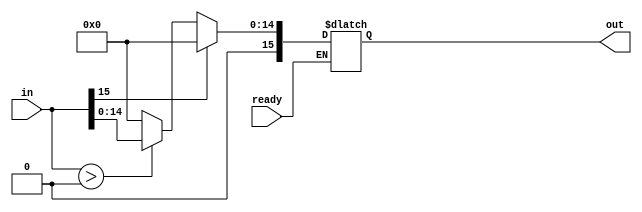
`timescale 1ns / 1ps
//////////////////////////////////////////////////////////////////////////////////
// Company: 
// Engineer: 
// 
// Design Name: 
// Module Name:    ActivationFunction 
// Project Name: 
// Target Devices: 
// Tool versions: 
// Description: 
//
// Dependencies: 
//
// Revision: 
// Revision 0.01 - File Created
// Additional Comments: 
//
//////////////////////////////////////////////////////////////////////////////////
module ActivationFunction(
    input [15:0] in,
    input ready,
    output reg[15:0] out
    );
	 always@(ready)begin
		 if(ready)begin
			if (in[15] == 1'b1)
				out = 16'b0;
			else begin
				if (in > 16'b0) out = in;
				else out = 16'b0;
			end
		 end
	 end
endmodule